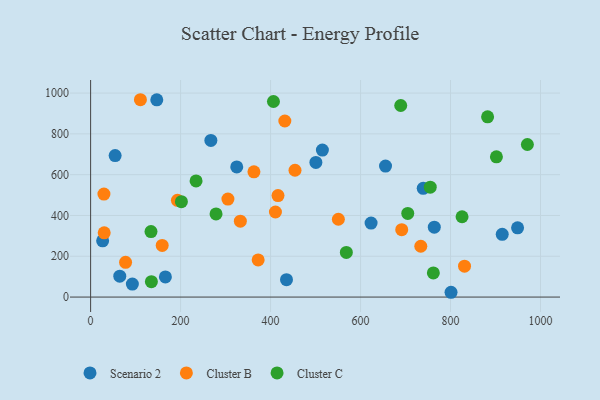
{"axis": {"x": "Speed", "y": "Yield"}, "legend": ["Cluster B", "Cluster C", "Scenario 2"], "data": [{"x": "166.2", "y": 98.6, "type": "Scenario 2"}, {"x": "500.7", "y": 659.9, "type": "Scenario 2"}, {"x": "147.1", "y": 966.7, "type": "Scenario 2"}, {"x": "54.5", "y": 693.4, "type": "Scenario 2"}, {"x": "64.8", "y": 102.6, "type": "Scenario 2"}, {"x": "623.4", "y": 362.9, "type": "Scenario 2"}, {"x": "267.3", "y": 768.1, "type": "Scenario 2"}, {"x": "655.5", "y": 642.1, "type": "Scenario 2"}, {"x": "435.4", "y": 85.1, "type": "Scenario 2"}, {"x": "914.9", "y": 307.6, "type": "Scenario 2"}, {"x": "92.8", "y": 63.8, "type": "Scenario 2"}, {"x": "739.3", "y": 532.9, "type": "Scenario 2"}, {"x": "949.0", "y": 339.4, "type": "Scenario 2"}, {"x": "515.2", "y": 720.7, "type": "Scenario 2"}, {"x": "324.8", "y": 637.9, "type": "Scenario 2"}, {"x": "26.7", "y": 275.8, "type": "Scenario 2"}, {"x": "763.9", "y": 342.8, "type": "Scenario 2"}, {"x": "801.1", "y": 23.5, "type": "Scenario 2"}, {"x": "431.7", "y": 863.0, "type": "Cluster B"}, {"x": "363.0", "y": 614.1, "type": "Cluster B"}, {"x": "29.6", "y": 505.0, "type": "Cluster B"}, {"x": "410.8", "y": 416.9, "type": "Cluster B"}, {"x": "305.2", "y": 480.2, "type": "Cluster B"}, {"x": "416.5", "y": 497.6, "type": "Cluster B"}, {"x": "159.1", "y": 253.2, "type": "Cluster B"}, {"x": "110.7", "y": 967.4, "type": "Cluster B"}, {"x": "332.8", "y": 371.9, "type": "Cluster B"}, {"x": "550.7", "y": 381.4, "type": "Cluster B"}, {"x": "831.1", "y": 151.6, "type": "Cluster B"}, {"x": "372.4", "y": 182.0, "type": "Cluster B"}, {"x": "691.5", "y": 330.4, "type": "Cluster B"}, {"x": "193.0", "y": 474.3, "type": "Cluster B"}, {"x": "454.3", "y": 621.7, "type": "Cluster B"}, {"x": "733.9", "y": 249.0, "type": "Cluster B"}, {"x": "30.2", "y": 315.0, "type": "Cluster B"}, {"x": "77.7", "y": 170.1, "type": "Cluster B"}, {"x": "134.2", "y": 321.1, "type": "Cluster C"}, {"x": "825.6", "y": 393.8, "type": "Cluster C"}, {"x": "406.4", "y": 958.8, "type": "Cluster C"}, {"x": "234.4", "y": 569.2, "type": "Cluster C"}, {"x": "704.9", "y": 410.1, "type": "Cluster C"}, {"x": "882.4", "y": 883.8, "type": "Cluster C"}, {"x": "761.8", "y": 118.5, "type": "Cluster C"}, {"x": "902.0", "y": 687.6, "type": "Cluster C"}, {"x": "689.3", "y": 939.2, "type": "Cluster C"}, {"x": "201.8", "y": 467.8, "type": "Cluster C"}, {"x": "754.9", "y": 538.9, "type": "Cluster C"}, {"x": "970.8", "y": 748.0, "type": "Cluster C"}, {"x": "135.1", "y": 75.6, "type": "Cluster C"}, {"x": "568.4", "y": 218.9, "type": "Cluster C"}, {"x": "278.8", "y": 407.5, "type": "Cluster C"}]}